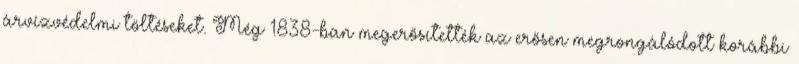
árvízvédelmi töltéseket. Még 1838-ban megerősítették az erősen megrongálódott korábbi